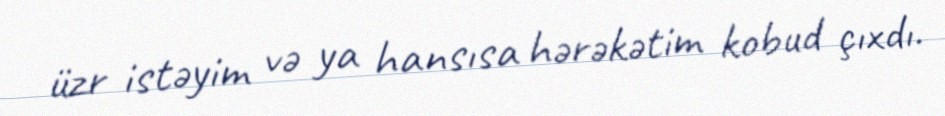
üzr istəyim və ya hansısa hərəkətim kobud çıxdı.